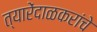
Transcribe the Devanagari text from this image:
त्यारेंदाळकरांचे